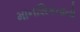
માનસિકતાનો